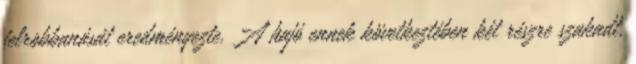
felrobbanását eredményezte. A hajó ennek következtében két részre szakadt,